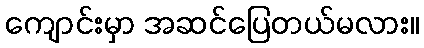
ကျောင်းမှာ အဆင်ပြေတယ်မလား။